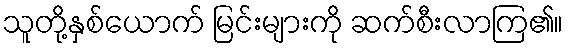
သူတို့နှစ်ယောက် မြင်းများကို ဆက်စီးလာကြ၏။